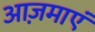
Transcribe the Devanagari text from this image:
आज़माएं